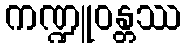
ကဏ္ဍူဝန္တဿ